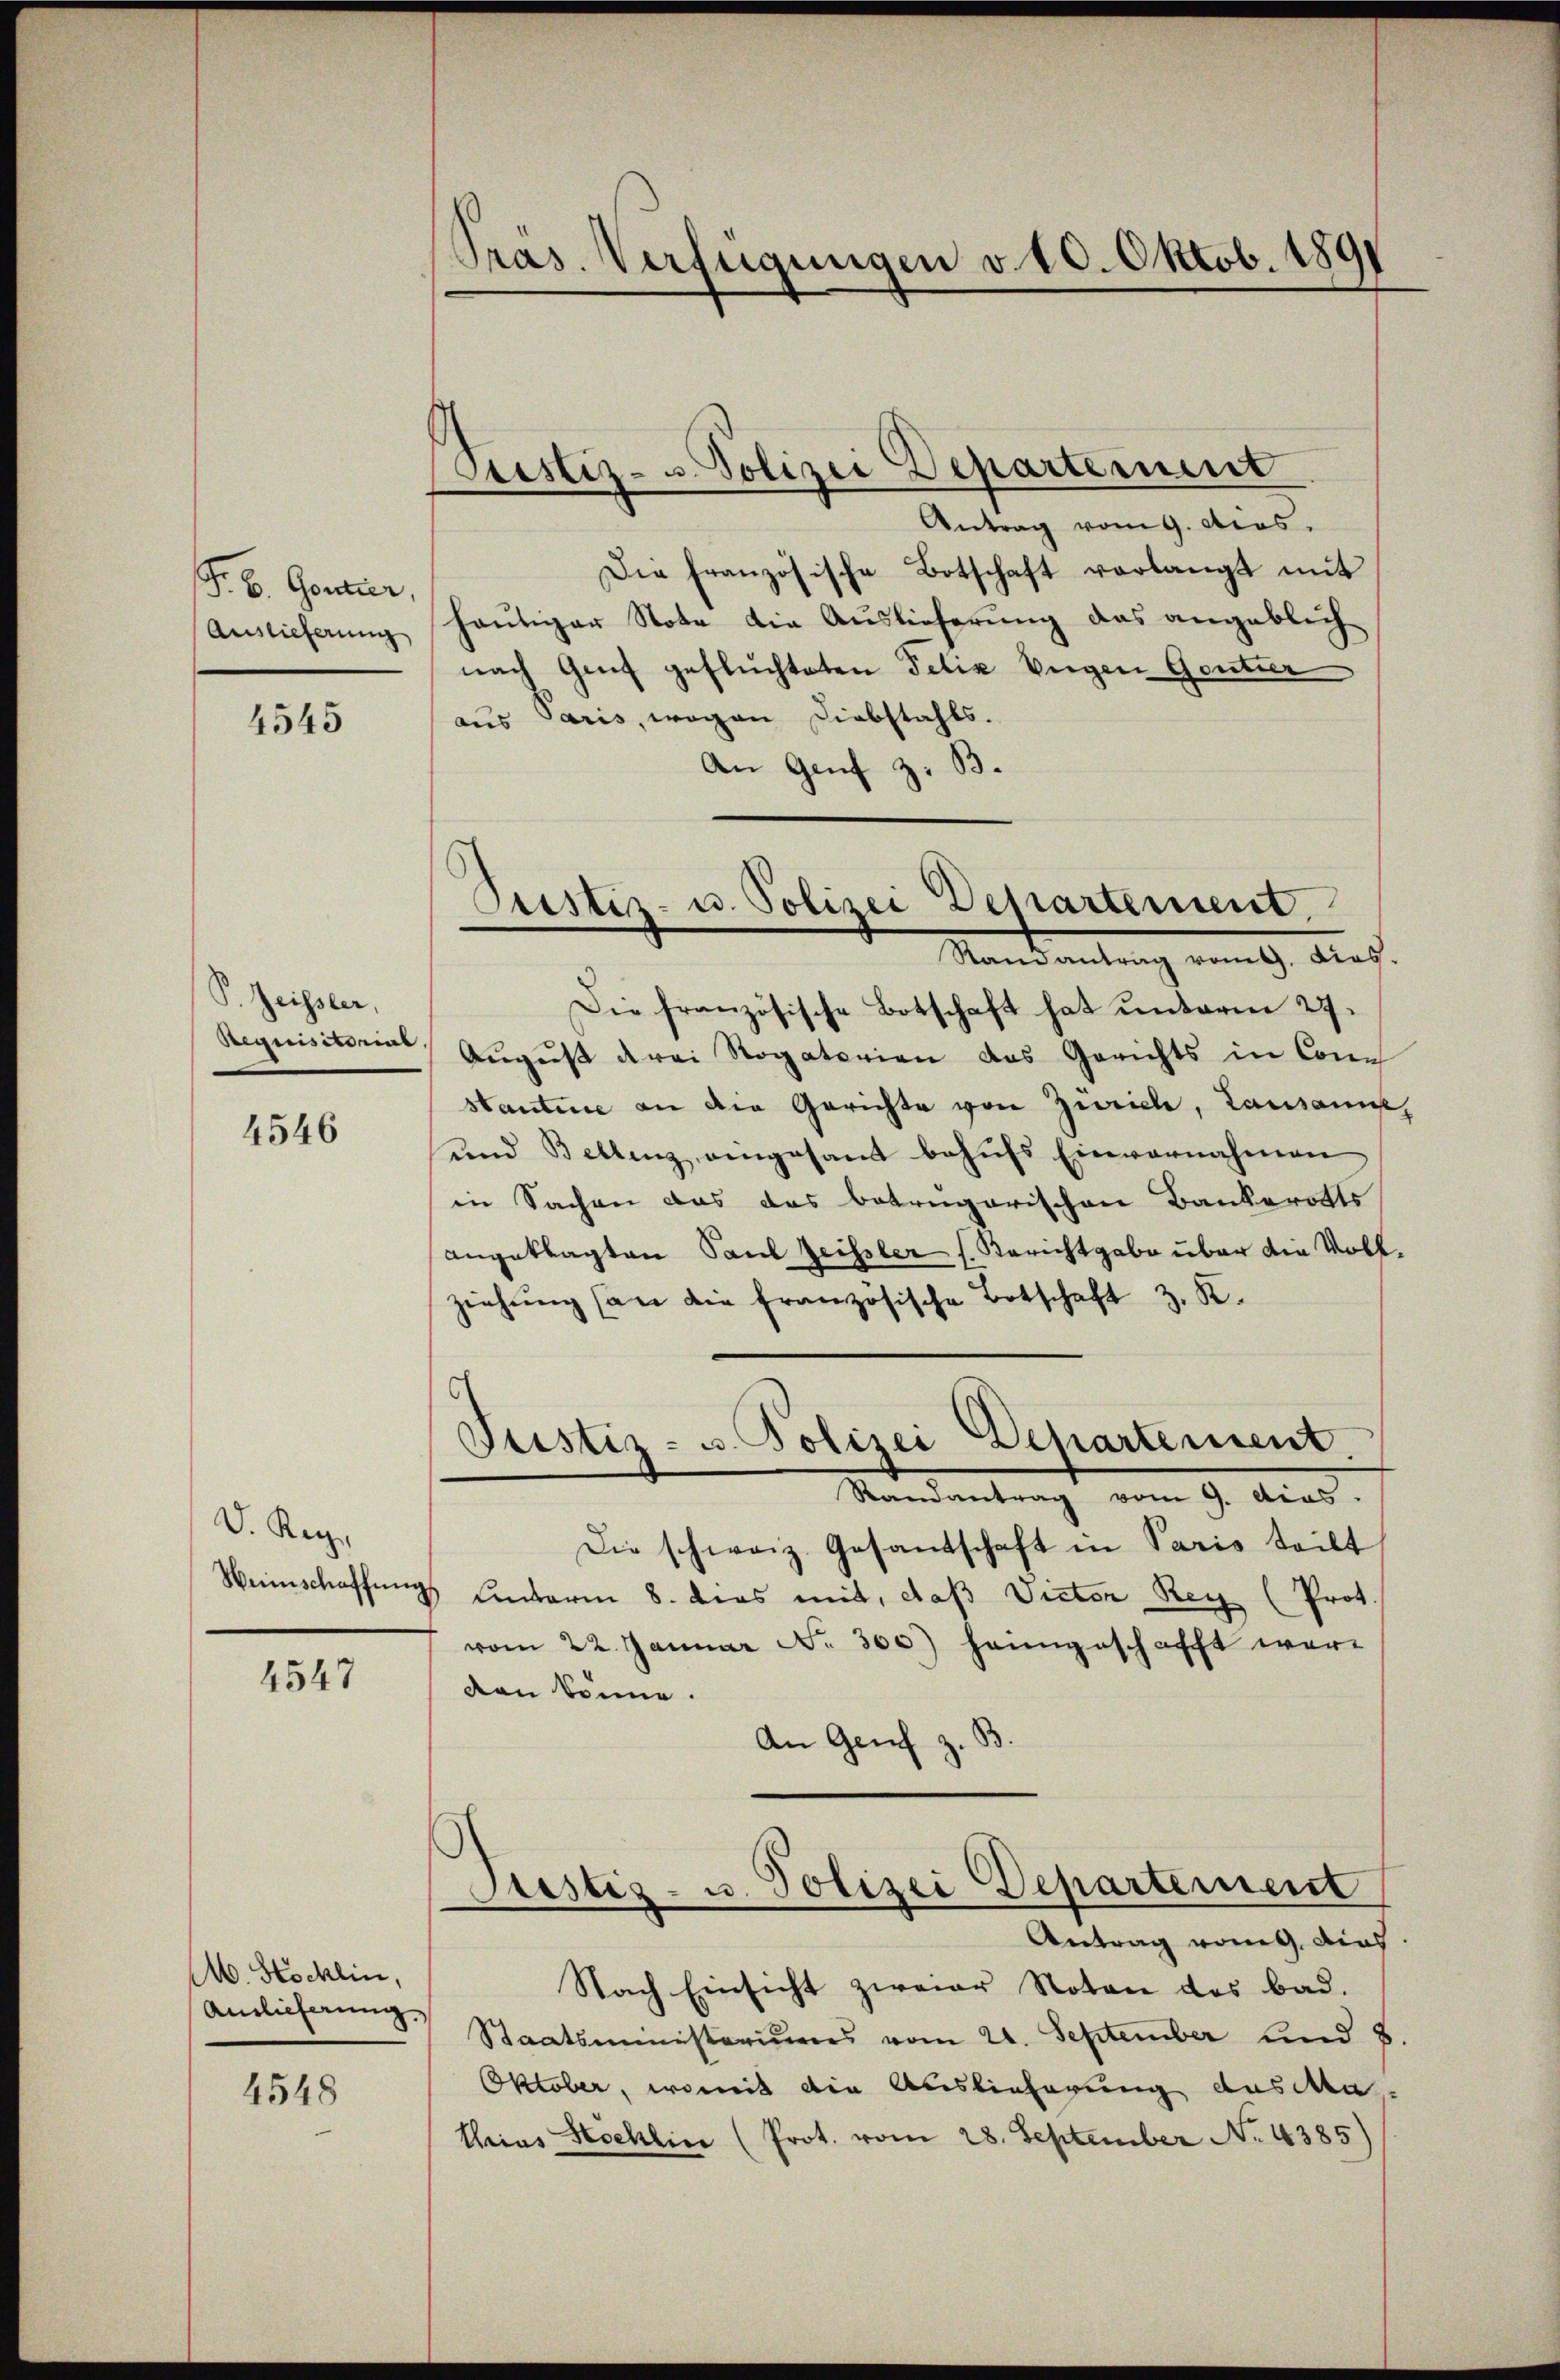
F. B. Gontier,

4545

P. Zeissler,
Requisitorial.

4546

D. Reg.
Wunschaffung

4547

M. Stocklin,
Auslieferung.

4548

Präs. Verfügungen v. 10. Oktob. 1891

Antrag vom 9. Apos.
Die französische Botschaft verlangt mit
Auslieferung heutiger Note die Auslieferung das angeblich
nach Genf gefluchteten Felix beigen Gentner
aus Paris, wegen Diebstahls.
An Genf z. B.

Sistiz- u. Polizei Departement

Pustiz- u. Polizei Departement.

Justiz- u. Polizei Departement

Standantung vom 19. Aug.
Die französische Botschaft hat unterm 27.
August drei Rogatorien das Gerichts in Conc
Htantine an die Gerichte von Zürich, Lausann
und Bellenz eingesamt behŭfs Einvernahmen
in Sachen das das betragarischen Bankerotts
angeklagten Paul Zeissler s. Berichtgabe über die Vollziehung an die französische Botschaft z. K.
Mandantrag vom 9. Mar.
Die schweiz. Gesandschaft in Paris teilt
unterm 8. dies mit, daß Victor Rey (Prot.
vom 22. Januar No. 300) heimgeschafft werden könne.
An Genf z.
Justiz- u. Polizei Departement
Antrag vom 9. dies
Nach Einsicht zweier Noten des bad.
Staatsministeriums vom 21. September und 8
Oktober, womit die Auslieferung aus da
thrins Stocklin (Prot. vom 28. September No. 4385)